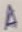
Text: A